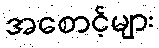
အစောင့်များ